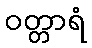
ဝတ္တာရံ